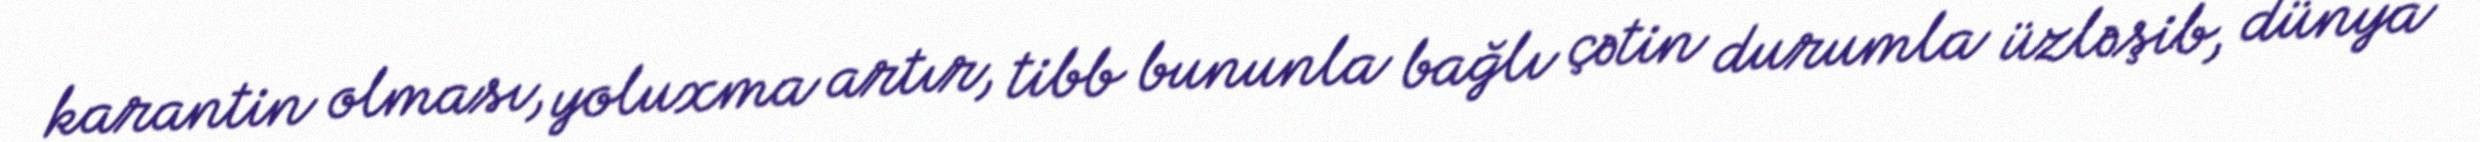
karantin olması, yoluxma artır, tibb bununla bağlı çətin durumla üzləşib, dünya